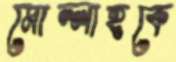
মোল্লাহকে